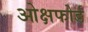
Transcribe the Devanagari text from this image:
ओक्षफोर्ड